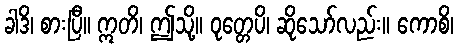
ခါဒိ၊ စားပြီ။ ဣတိ၊ ဤသို့။ ဝုတ္တေပိ၊ ဆိုသော်လည်း။ ကောစိ၊